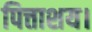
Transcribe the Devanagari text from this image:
पित्ताशय।